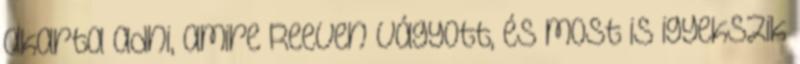
akarta adni, amire Reeven vágyott, és most is igyekszik